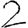
Digit: 2